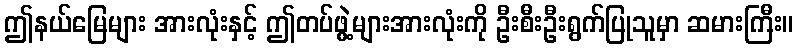
ဤနယ်မြေများ အားလုံးနှင့် ဤတပ်ဖွဲ့များအားလုံးကို ဦးစီးဦးရွက်ပြုသူမှာ ဆမားကြီး။